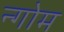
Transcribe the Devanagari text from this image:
न्गोम